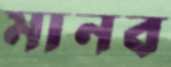
মানব